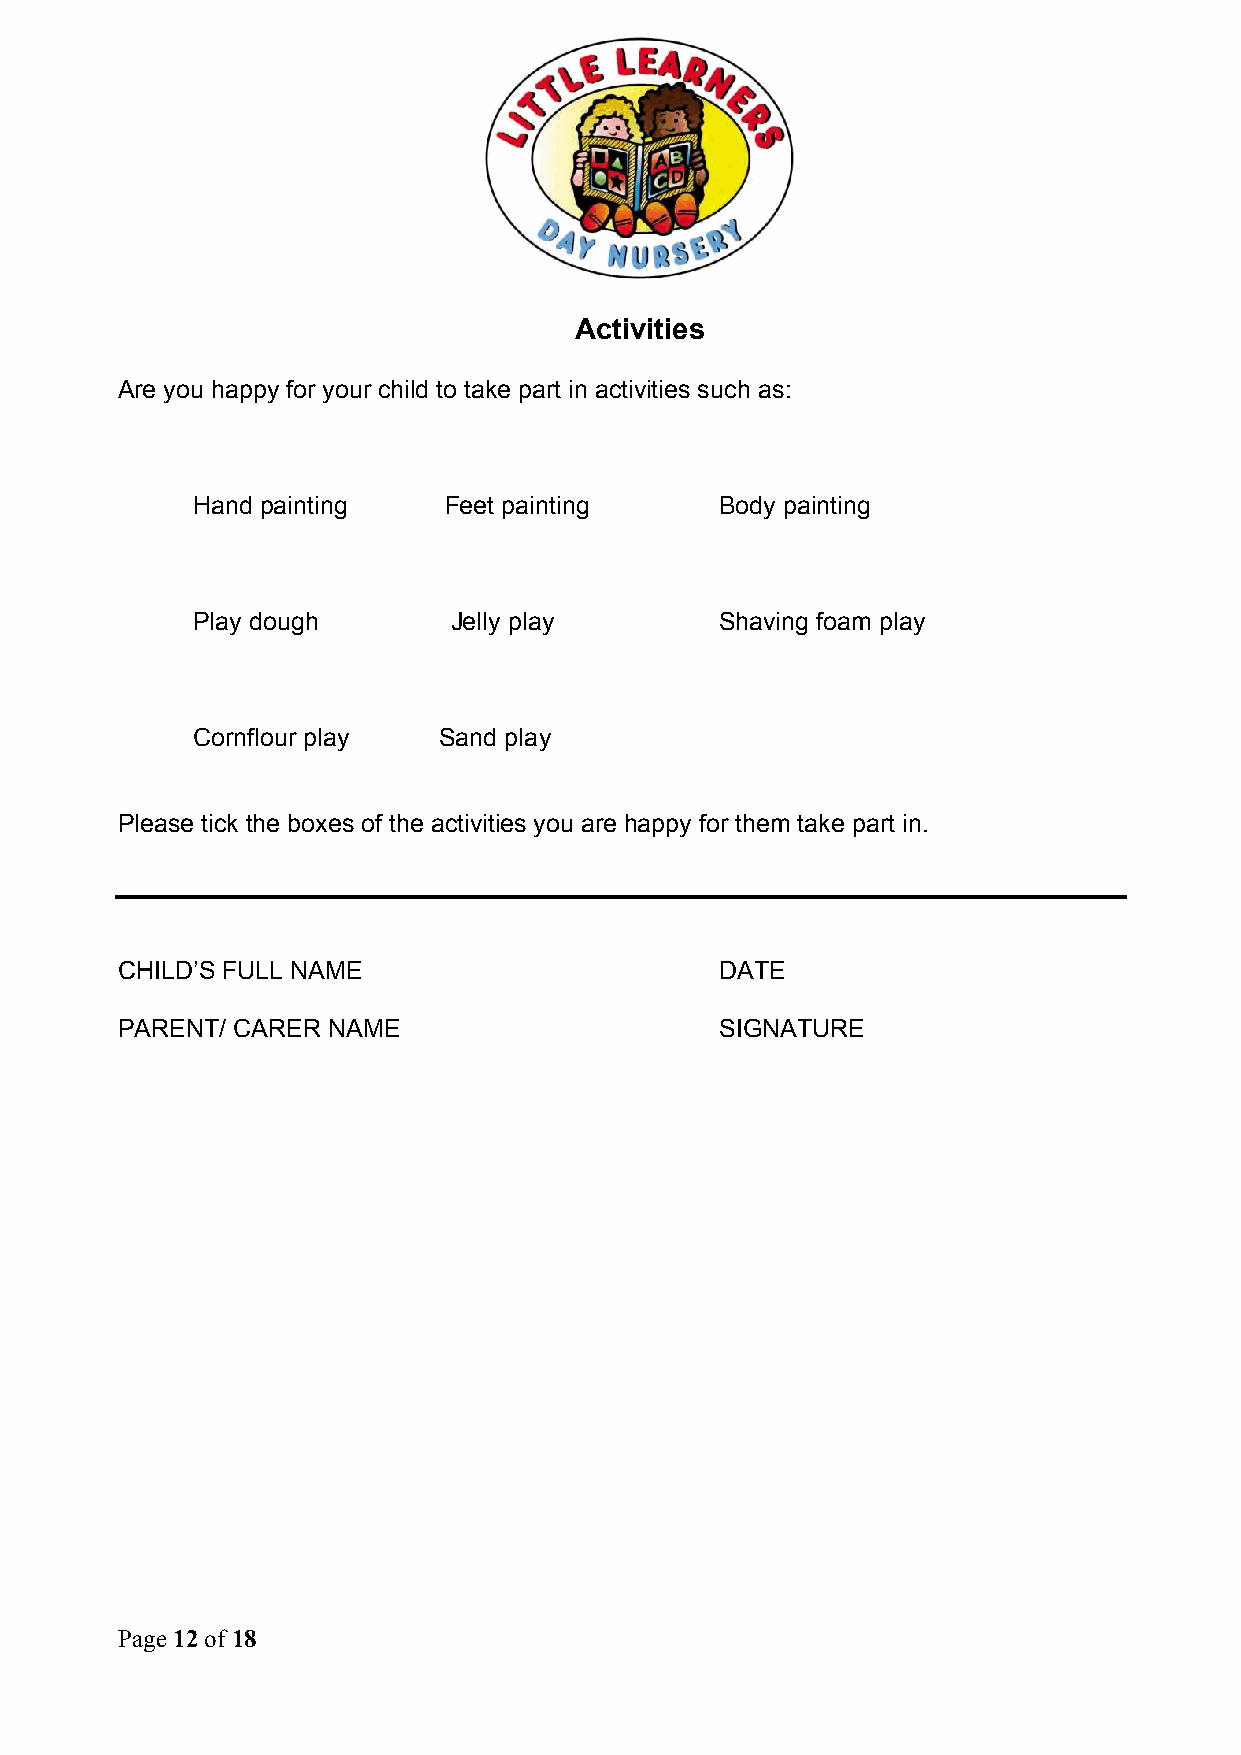
Activities
 Are you happy for your child to take part in activities such as:
 Hand painting   Feet painting      Body painting
 Play dough       Jelly play        Shaving foam play
 Cornflour play  Sand play
 Please tick the boxes of the activities you are happy for them take part in.
 CHILD’S FULL NAME                       DATE
 PARENT/ CARER NAME                      SIGNATURE
 Page 12 of 18